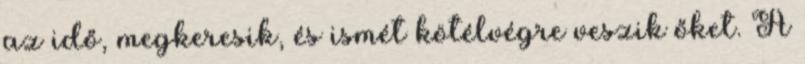
az idő, megkeresik, és ismét kötélvégre veszik őket. A